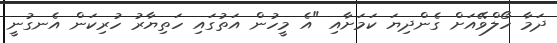
ދަމާ ހޯލްވޭއަށް ގެންދިޔަ ކަމަށާއި "އެ މީހުން އަތުގައި ހަތިޔާރު ހުރިކަން އެނގުނީ